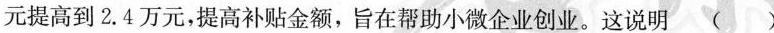
元提高到2.4万元，提高补贴金额，旨在帮助小微企业创业。这说明 ( )